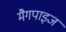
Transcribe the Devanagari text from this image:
मैगपाइज